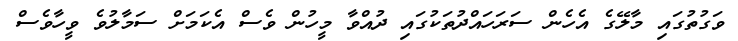
ވަގުތުގައި މާލޭގެ އެހެން ސަރަހައްދުތަކުގައި ދުއްވާ މީހުން ވެސް އެކަމަށް ސަމާލުވެ ވީހާވެސް